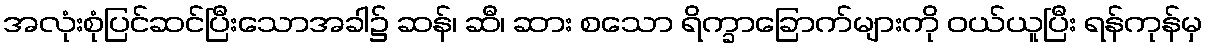
အလုံးစုံပြင်ဆင်ပြီးသောအခါ၌ ဆန်၊ ဆီ၊ ဆား စသော ရိက္ခာခြောက်များကို ဝယ်ယူပြီး ရန်ကုန်မှ